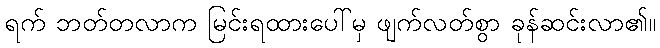
ရက် ဘတ်တလာက မြင်းရထားပေါ်မှ ဖျက်လတ်စွာ ခုန်ဆင်းလာ၏။